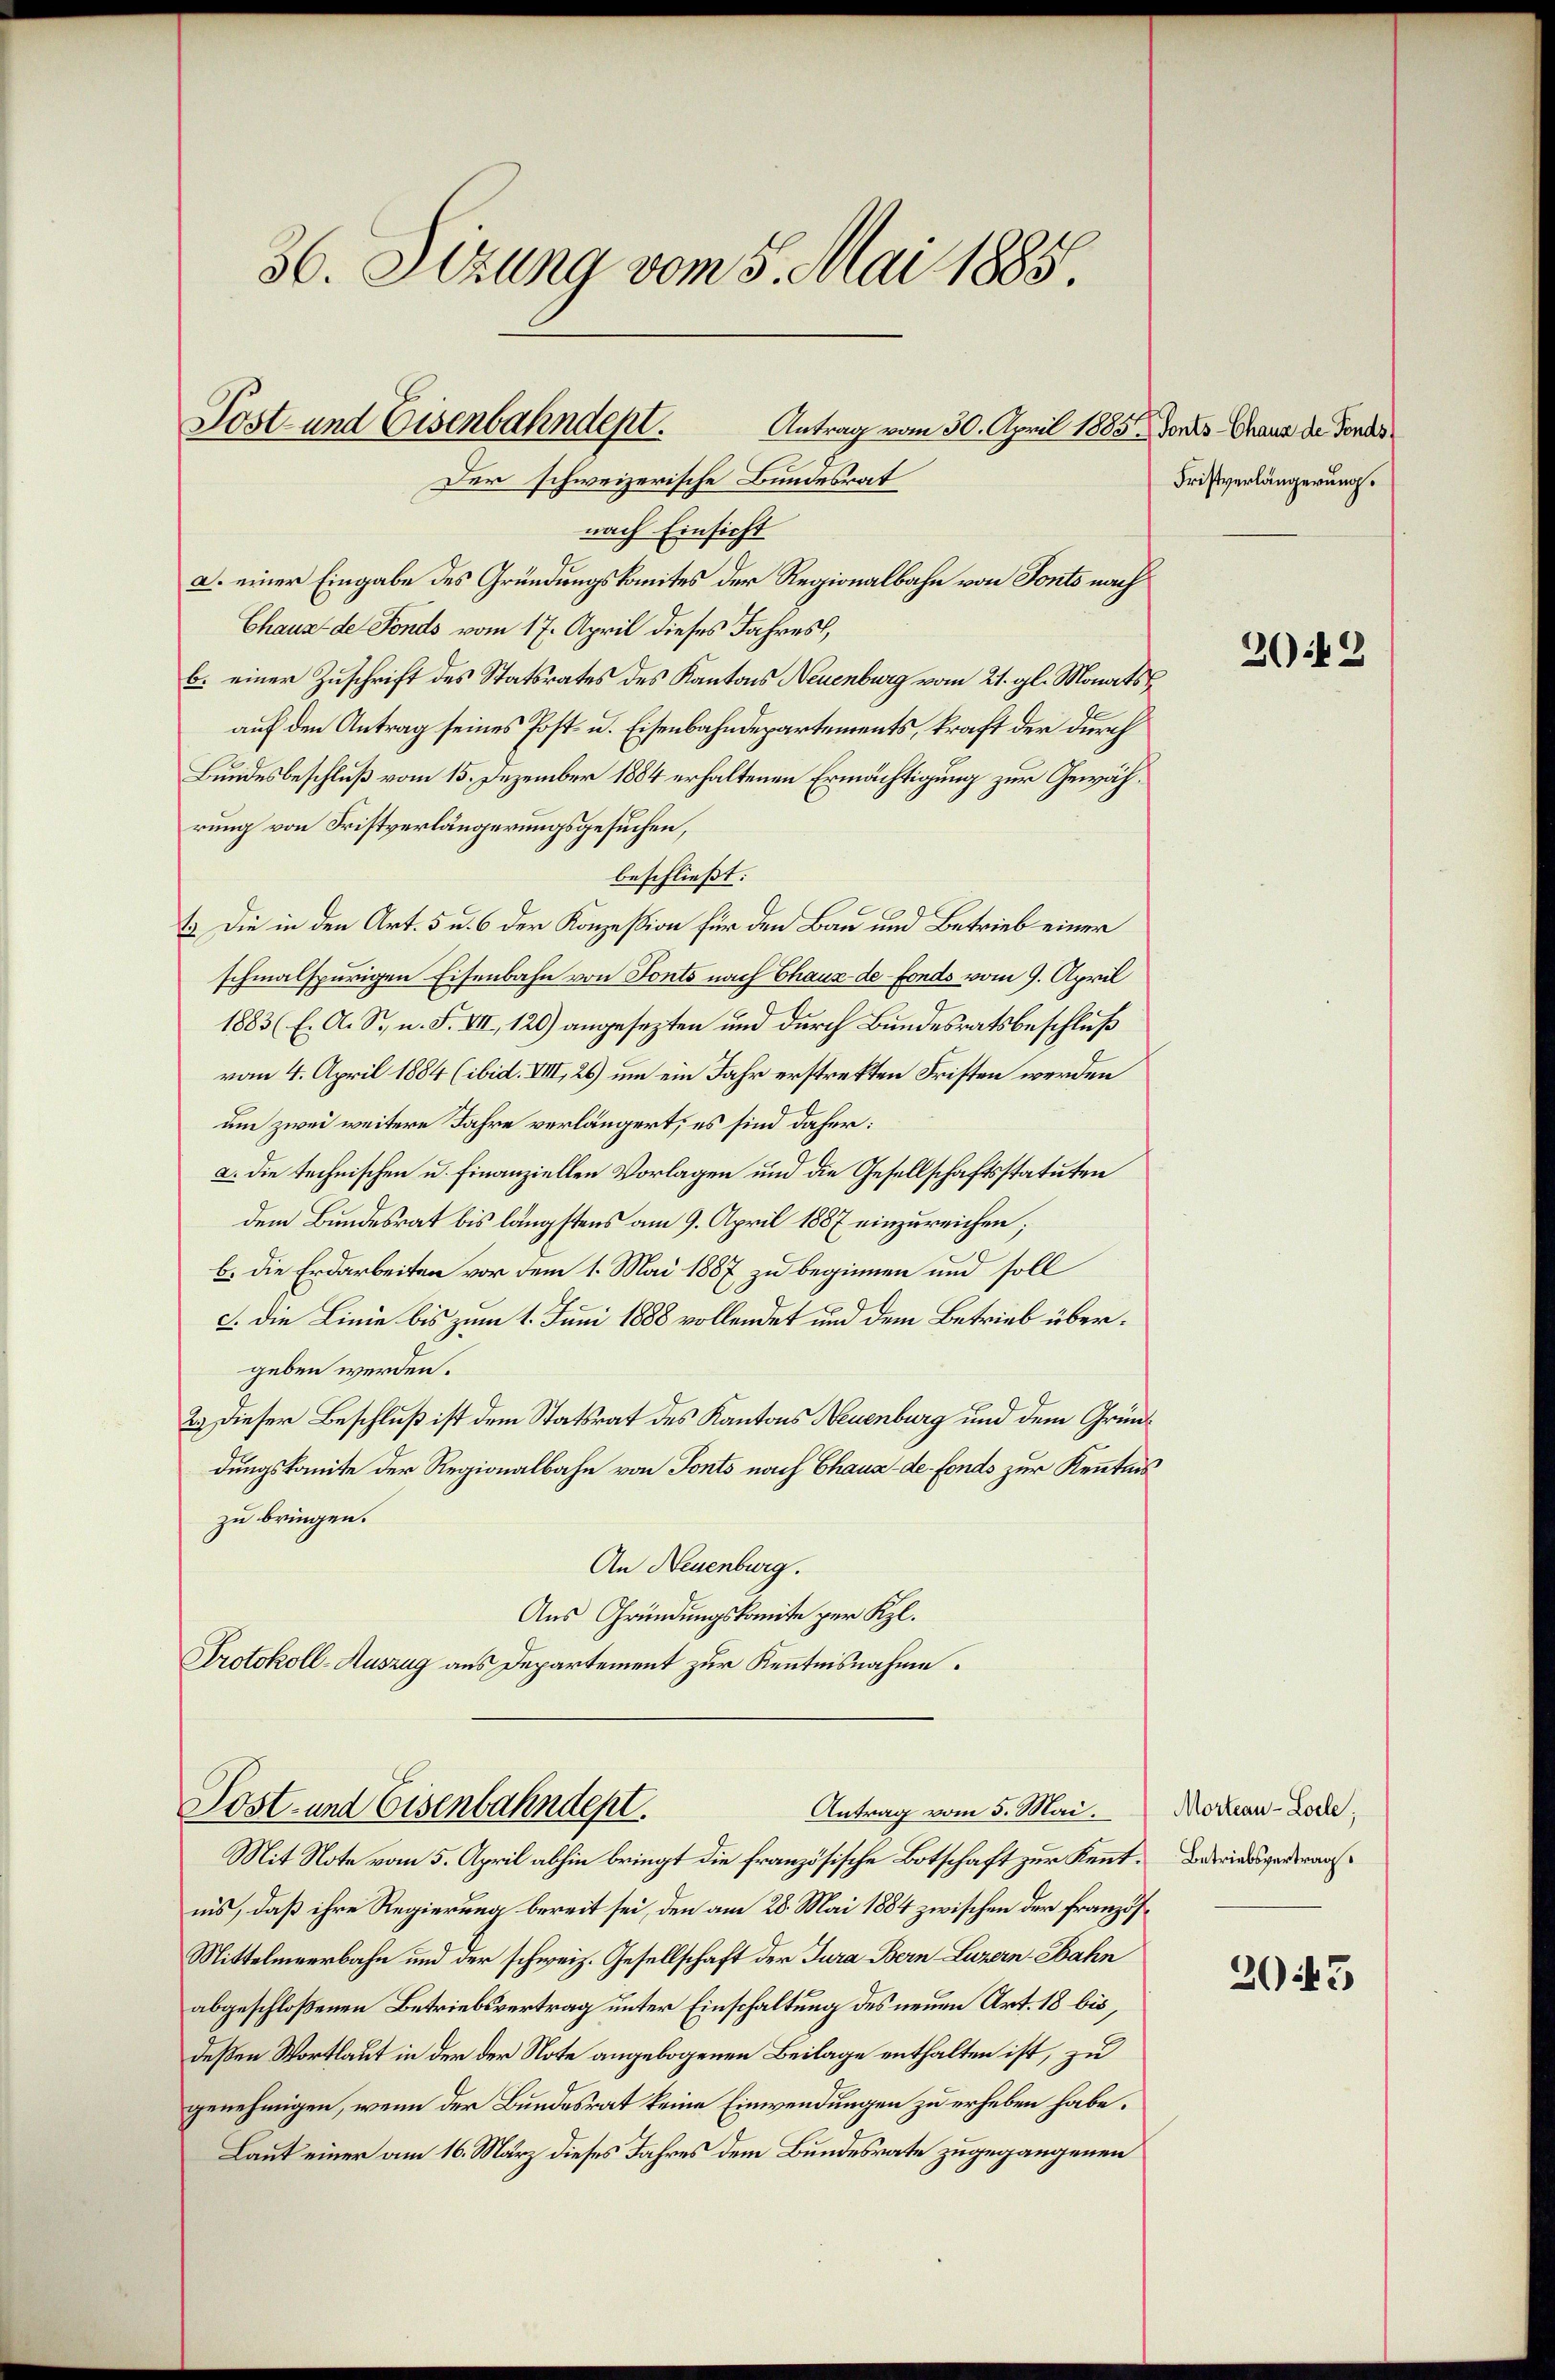
36. Sizung vom 5. Mai 1885.

Post- und Eisenbahndept.
Antrag vom 30. April 1885. Vonts Chaus de Fonds
Der schweizerische Bundesrat

nach Einsicht
a. einer Eingabe des Gründungskomites der Regionalbahn von Fonts nach
Chaus de Fonds vom 17. April dieses Jahres,
b. einer Zuschrift des Statsrates des Kantons Neuenburg vom 21. gl. Monats
auf den Antrag seines Post- u. Eisenbahndepartements, kraft der durch
Bundesbeschluß vom 15. Dezember 1884 erhaltenen Ermächtigung zur Gewährung von Fristverlängerungsgesuchen,
beschließt:
13. Die in den Art. 5 u. 6 der Konzession für den Bau und Betrieb einer
schmalspurigen Eisenbahn von Fonts nach Chaux-de-Fonds vom 9. April
1883 (E. O. S., n. F. VII, 120) angesezten und durch Bundesratsbeschluß
vom 4. April 1884 (ibid. VIII, 26) um ein Jahr erstrekten Fristen werden
um zwei weitere Jahre verlängert, es sind daher:
a. die technischen u. Finanziellen Vorlagen und die Gesellschaftsstatuten
dem Bundesrat bis längstens am 9. April 1887 einzureichen;
b. die Erdarbeiten vor dem 1. Mai 1887 zu beginnen und soll
c. Die Linie bis zum 1. Juni 1888 vollendet und dem Betrieb übergeben werden.
2.) Dieser Beschluß ist dem Statsrat des Kantons Neuenburg und dem Gründungskomite der Regionalbahn von Tonts nach Chaux-de-Fonds zur Kenntnis
zu bringen.
An Neuenburg.
Aus Gründungskomite zur Kl.
Protokoll-Auszug aus Departement zur Kenntnisnahme.

Post- und Eisenbahndept.
Antrag vom 5. Mai.

Mit Note vom 5. April abhin bringt die französische Botschaft zur Kennt. Betriedigentrauiis, daß ihre Regierung bereit sei, den am 28. Mai 1884 zwischen der Französ¬
Mittelmeerbahn und der schweiz. Gesellschaft der Jura Bern Luzern Ebahn
abgeschloßenen Betriebsvertrag unter Einschaltung des neuen Art. 18 bisdeßen Wortlaut in der der Note angebogenen Beilage enthalten ist, zu
genehmigen, wenn der Bundesrat keine Einwendungen zu erheben habe.
Laut einer am 16. März dieses Jahres dem Bundesrate zugegangenen

Fristverlängerung.

2049

Morteau-Loele;

2043